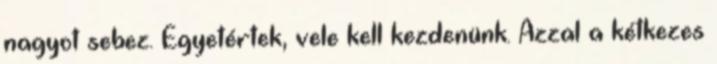
nagyot sebez. Egyetértek, vele kell kezdenünk. Azzal a kétkezes